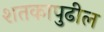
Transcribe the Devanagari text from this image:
शतकापुढील